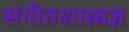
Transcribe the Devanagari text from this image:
संगीतशास्त्रज्ञ